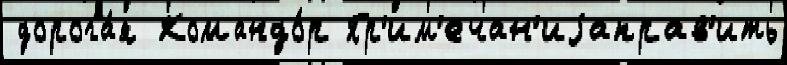
 дорога́я Командо́р Пр'им'ечан'иjаправ'ить